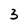
Character: 3